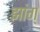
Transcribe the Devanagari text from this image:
झांग्